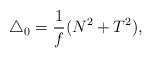
LaTeX: \begin{align*}\triangle_0 = \frac{1}{f}(N^2+T^2),\end{align*}